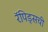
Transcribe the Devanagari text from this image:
रॅपिड्सची